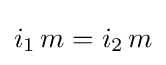
i_{1}\,m=i_{2}\,m